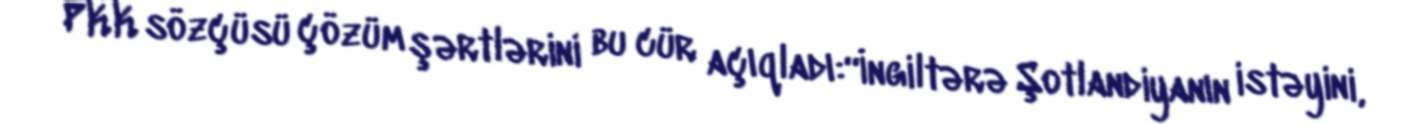
PKK sözçüsü çözüm şərtlərini bu cür açıqladı:“İngiltərə Şotlandiyanın istəyini,